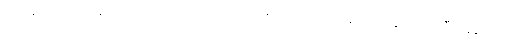
ကိုယ်နဲ့ ဘယ်လိုမှ မသင့်လျော်တော့တဲ့ လောင်ထုံးတစ်ယောက်ကို အဆက်အသွယ် ဖြတ်ပြီး သူနဲ့ ထားခဲ့တဲ့